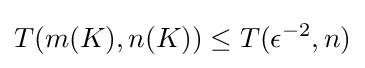
T(m(K),n(K))\leq T(\epsilon ^{-2},n)